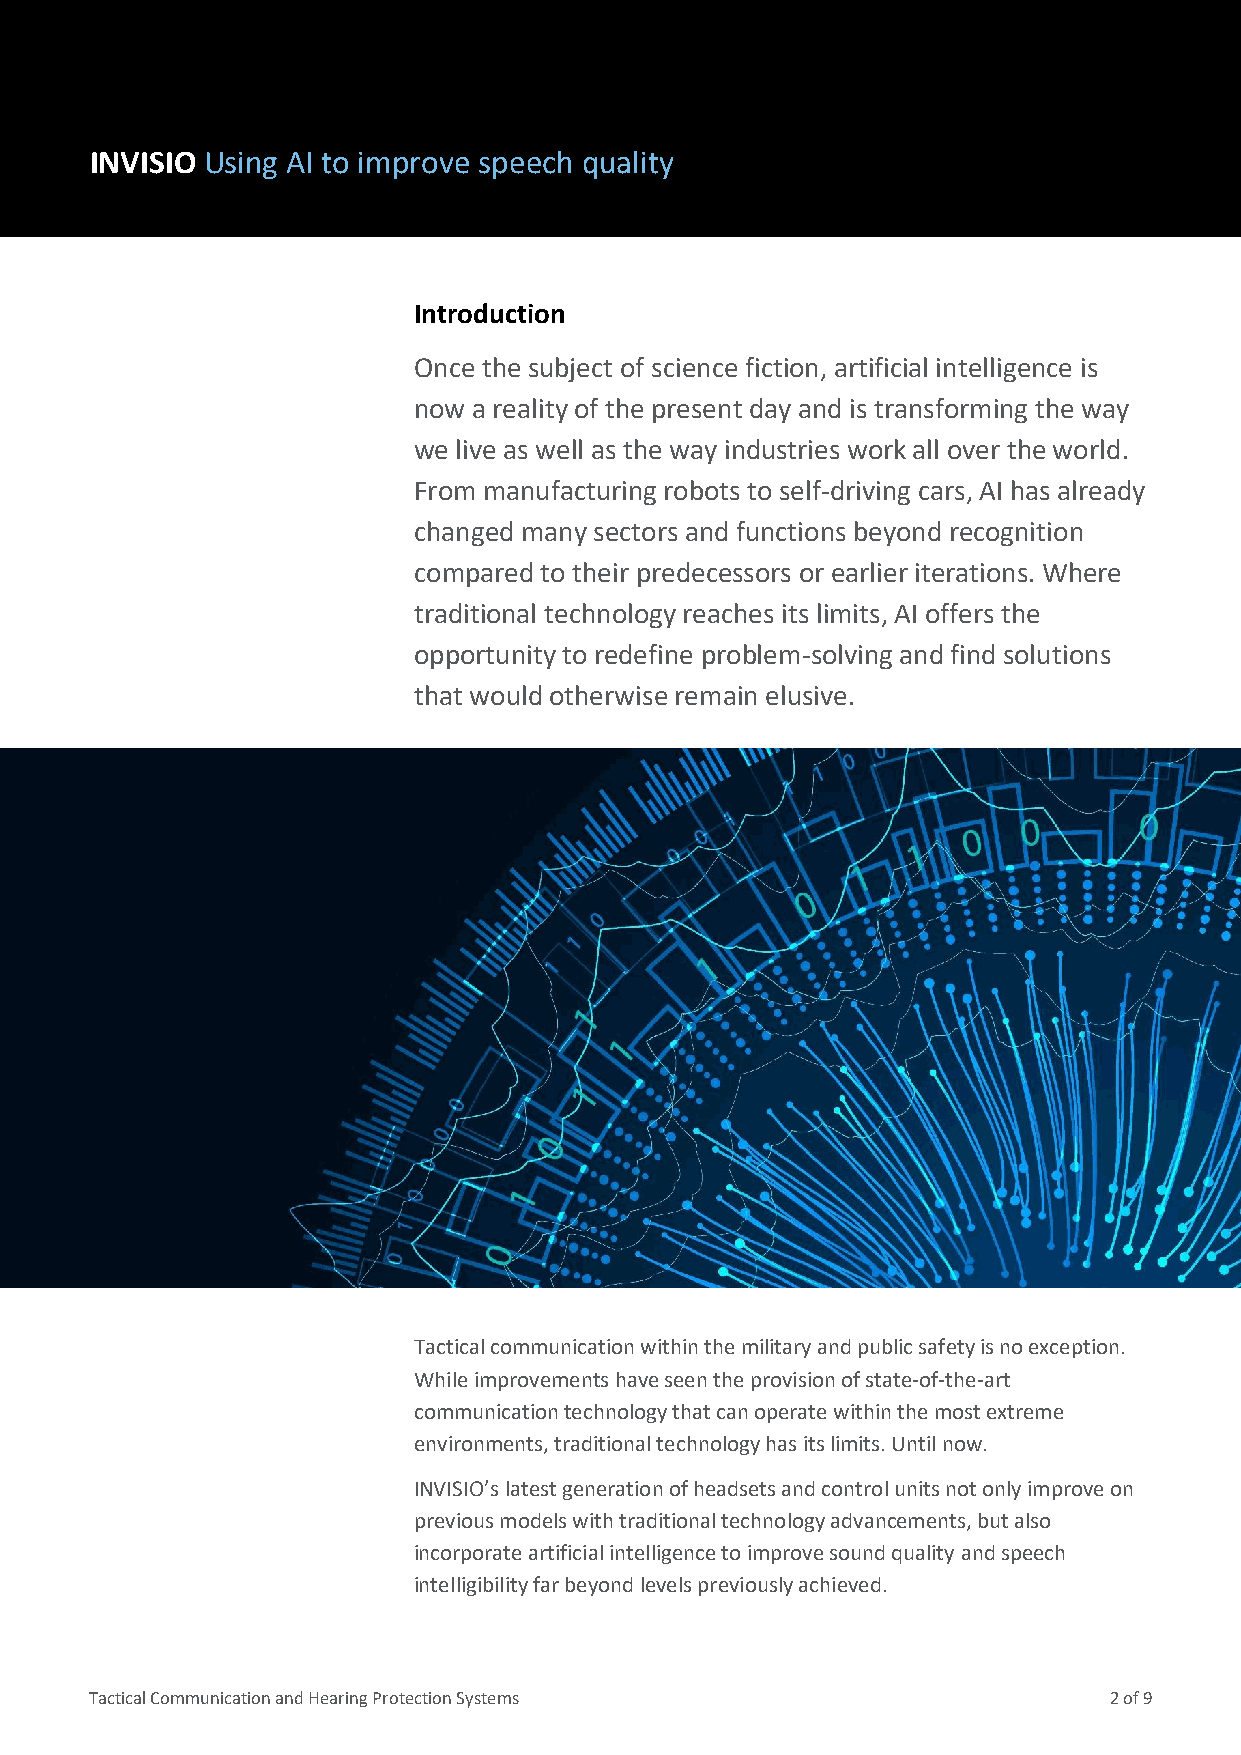
INVISIO Using AI to improve speech quality
 Introduction
 Once the subject of science fiction, artificial intelligence is
 now a reality of the present day and is transforming the way
 we live as well as the way industries work all over the world.
 From manufacturing robots to self-driving cars, AI has already
 changed many sectors and functions beyond recognition
 compared to their predecessors or earlier iterations. Where
 traditional technology reaches its limits, AI offers the
 opportunity to redefine problem-solving and find solutions
 that would otherwise remain elusive.
 Tactical communication within the military and public safety is no exception.
 While improvements have seen the provision of state-of-the-art
 communication technology that can operate within the most extreme
 environments, traditional technology has its limits. Until now.
 INVISIO’s latest generation of headsets and control units not only improve on
 previous models with traditional technology advancements, but also
 incorporate artificial intelligence to improve sound quality and speech
 intelligibility far beyond levels previously achieved.
 Tactical Communication and Hearing Protection Systems              2 of 9